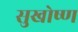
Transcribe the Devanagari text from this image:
सुखोष्ण